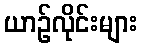
ယာဉ်လိုင်းများ